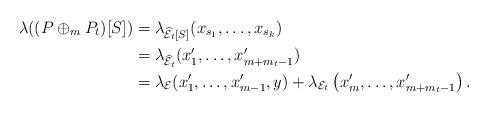
LaTeX: \begin{align*}\lambda((P\oplus_m P_t)[S]) &=\lambda_{\widehat{\mathcal{E}}_{t}[S]}(x_{s_1},\dots, x_{s_k})\\&=\lambda_{\widehat{\mathcal{E}}_t}(x'_1,\dots, x'_{m+m_t-1})\\&=\lambda_{\mathcal{E}}(x'_1, \dots, x'_{m-1},y)+\lambda_{\mathcal{E}_{t}}\left(x'_{m},\dots, x'_{m+m_t-1}\right).\end{align*}